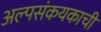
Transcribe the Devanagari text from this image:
अल्पसंकयकाची